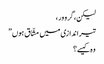
لیکن، گرو ور ،
تیر اندازی میں مشّاق ہوں ”
وہ کیسے؟